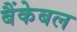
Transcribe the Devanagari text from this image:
बैंकेबल